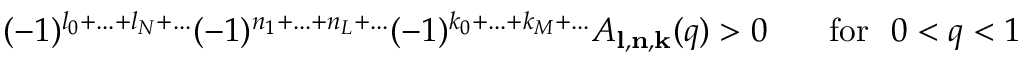
( - 1 ) ^ { l _ { 0 } + . . . + l _ { N } + . . . } ( - 1 ) ^ { n _ { 1 } + . . . + n _ { L } + . . . } ( - 1 ) ^ { k _ { 0 } + . . . + k _ { M } + . . . } A _ { { \bf l } , { \bf n } , { \bf k } } ( q ) > 0 \, ~ ~ ~ ~ ~ \mathrm { f o r } ~ ~ 0 < q < 1